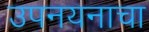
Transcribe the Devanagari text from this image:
उपनयनाचा